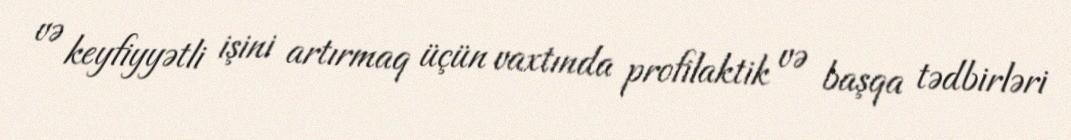
və keyfiyyətli işini artırmaq üçün vaxtında profilaktik və başqa tədbirləri